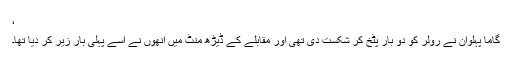
‘
گاما پہلوان نے رولر کو دو بار پٹخ کر شکست دی تھی اور مقابلے کے ڈیڑھ منٹ میں انھوں نے اسے پہلی بار زیر کر دیا تھا۔